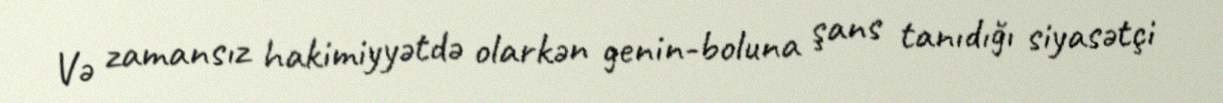
Və zamansız hakimiyyətdə olarkən genin-boluna şans tanıdığı siyasətçi